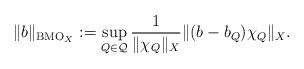
LaTeX: \begin{align*}\| b \|_{{\rm BMO}_X}:=\sup_{Q\in\mathcal{Q}} \frac{1}{\| \chi_Q \|_X} \| (b-b_Q)\chi_Q \|_X .\end{align*}